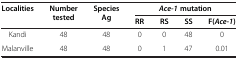
| <ROWSPAN=2> Localities | <ROWSPAN=2> Number tested | <ROWSPAN=2> Species Ag | <COLSPAN=4> Ace-1 mutation |
 | RR | RS | SS | F( Ace-1 ) |
 | --- | --- | --- | --- | --- | --- | --- |
 | Kandi | 48 | 48 | 0 | 0 | 48 | 0 |
 | Malanville | 48 | 48 | 0 | 1 | 47 | 0.01 |